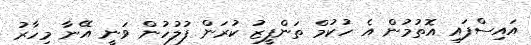
އައިސްފައި އޮތުމުން އެ ހުކުމް ތަންފީޒު ކުރަން ފުލުހުން ވަނީ އޭނާ މިހާރު